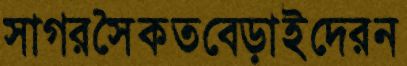
সাগরসৈকতবেড়াইদেরন